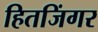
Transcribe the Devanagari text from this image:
हितजिंगर